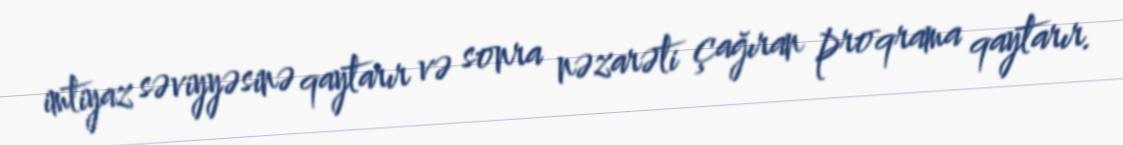
imtiyaz səviyyəsinə qaytarır və sonra nəzarəti çağıran proqrama qaytarır.